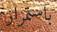
باستمرار